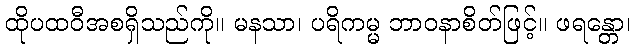
ထိုပထဝီအစရှိသည်ကို။ မနသာ၊ ပရိကမ္မ ဘာဝနာစိတ်ဖြင့်။ ဖရန္တော၊